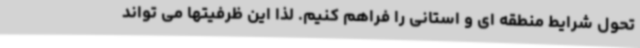
تحول شرایط منطقه ای و استانی را فراهم کنیم. لذا این ظرفیتها می تواند